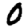
Digit: 0